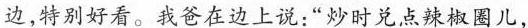
边,特别好看。我爸在边上说:“炒时兑点辣椒圈儿，